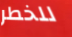
للخطر